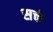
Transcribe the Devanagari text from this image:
सक्तं